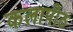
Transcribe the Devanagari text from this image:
कलापीठ